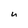
Character: u